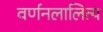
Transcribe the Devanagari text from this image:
वर्णनलालित्य